342_HS1-416511228_319.1 Flying Discs 1949
Agency: Department of War
Incident date: 1/9/50
Page 23
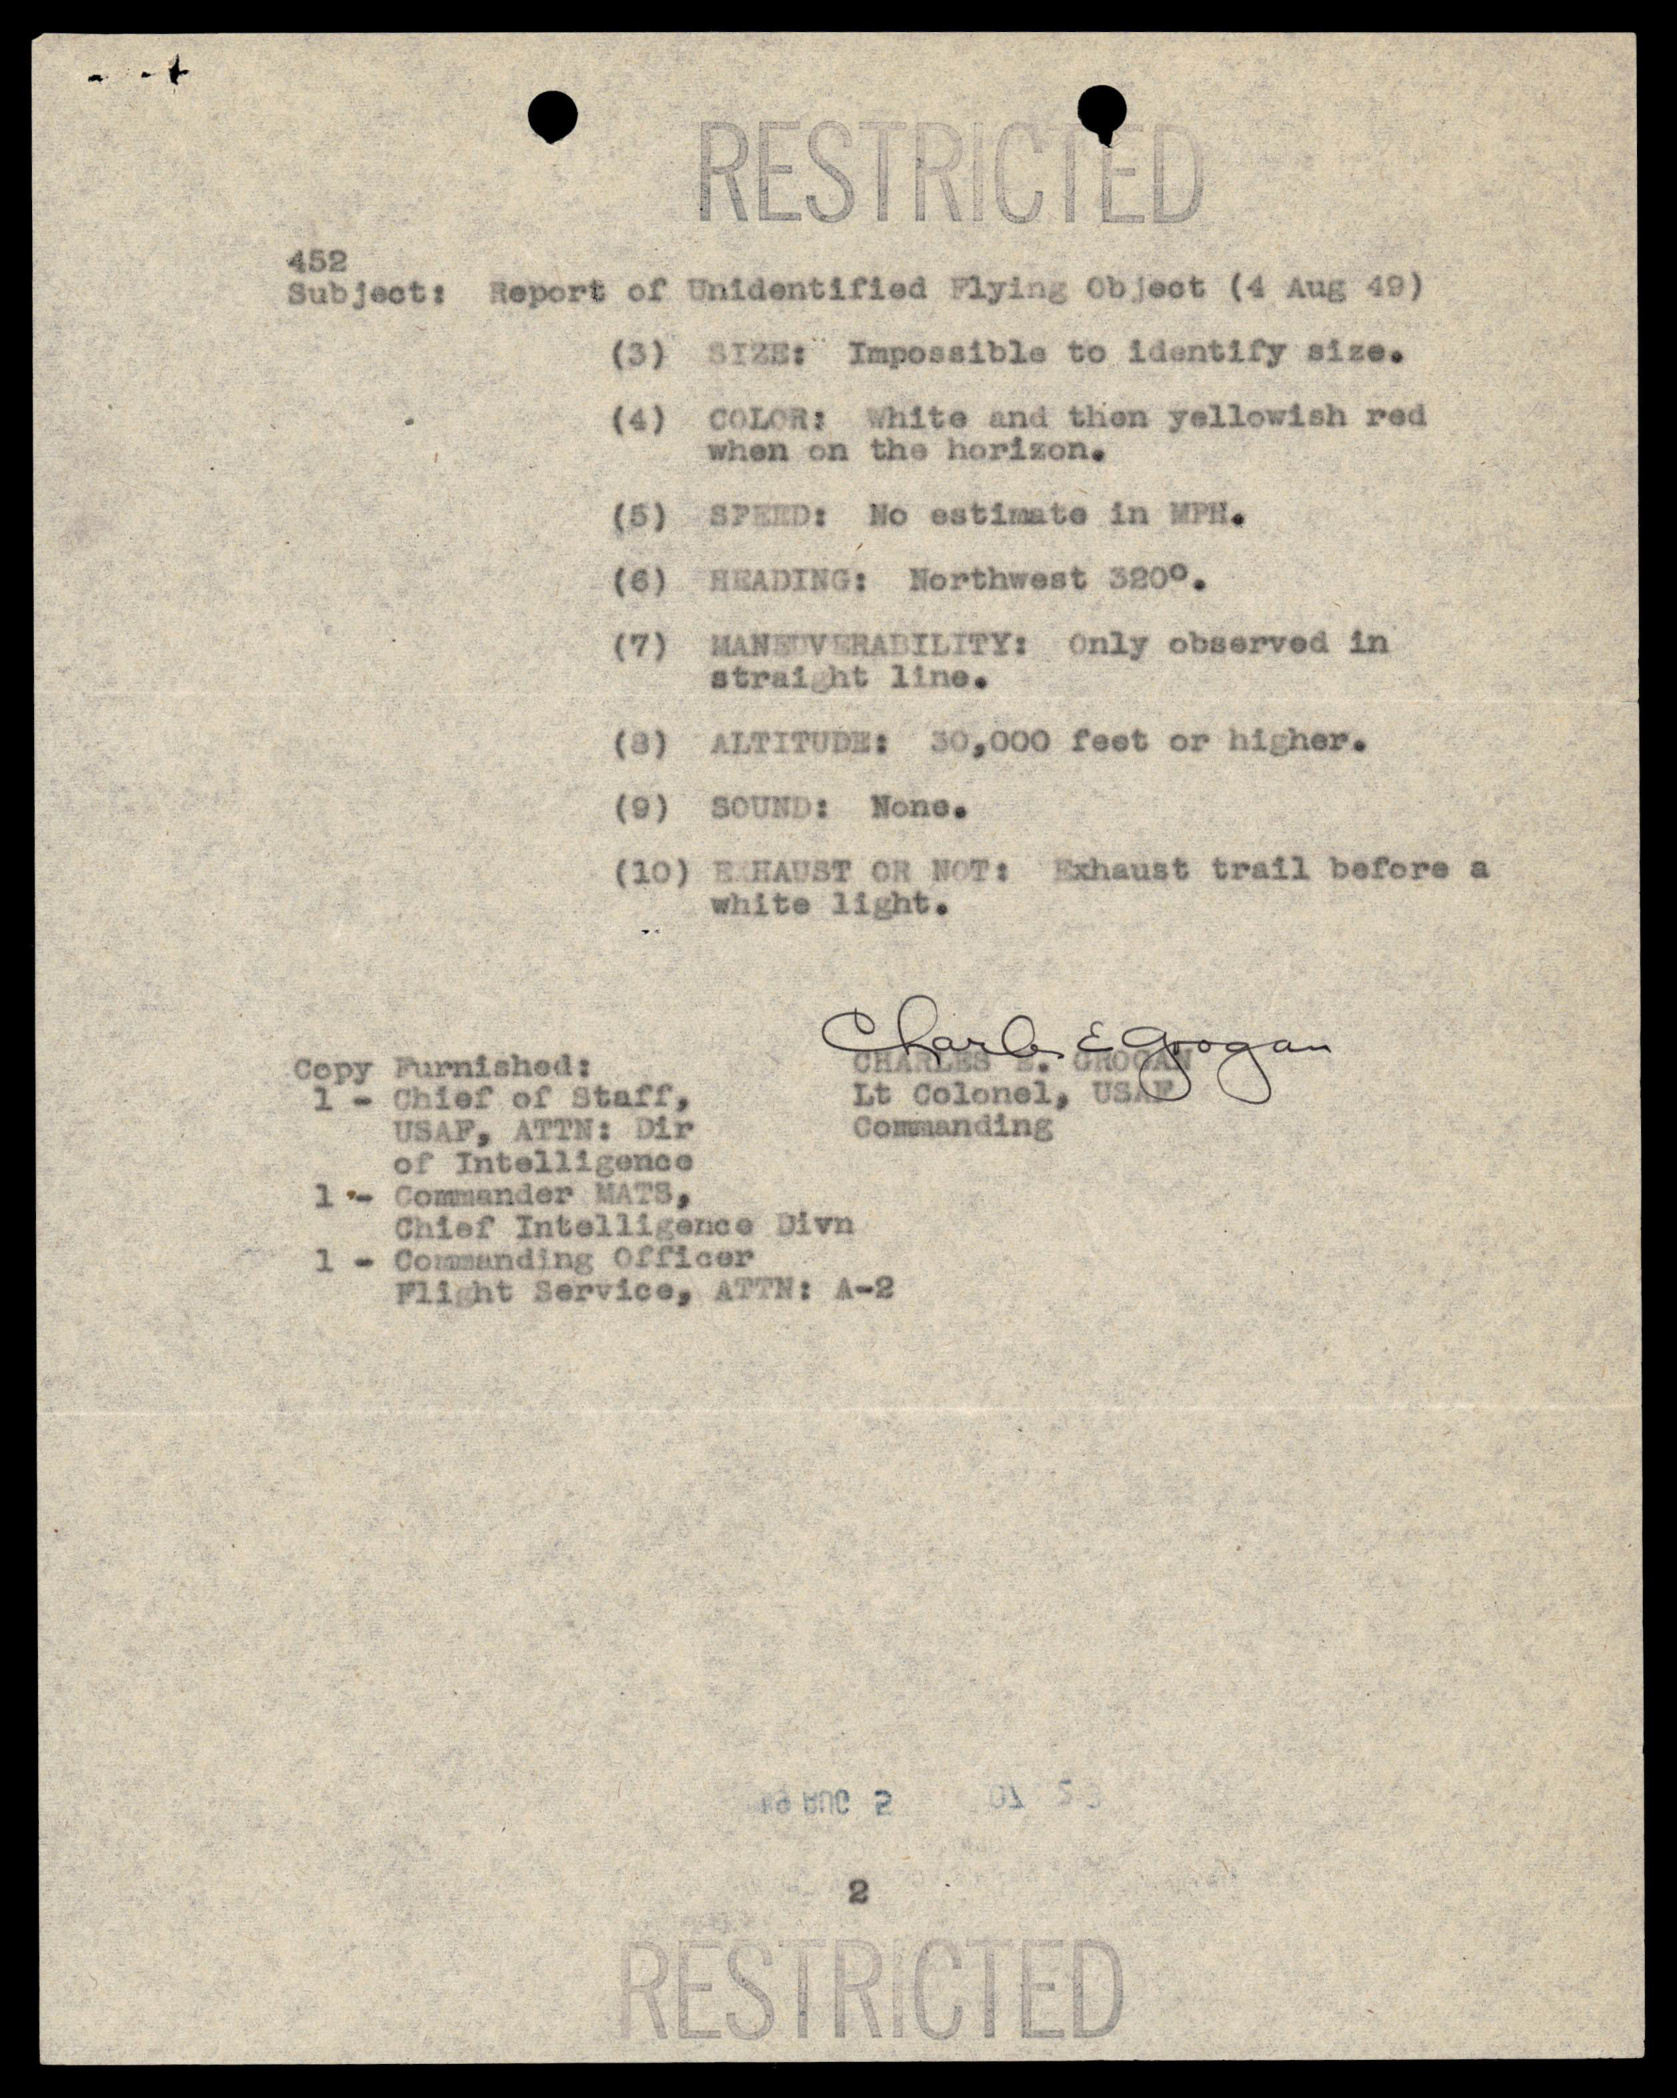